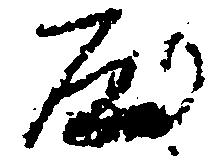
屋